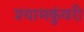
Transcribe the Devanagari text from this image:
श्यामकुंवरी